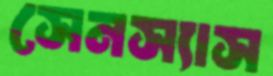
সেনস্যাস